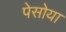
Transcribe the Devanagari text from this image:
पेसोया